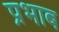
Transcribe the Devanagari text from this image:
प्रभाब